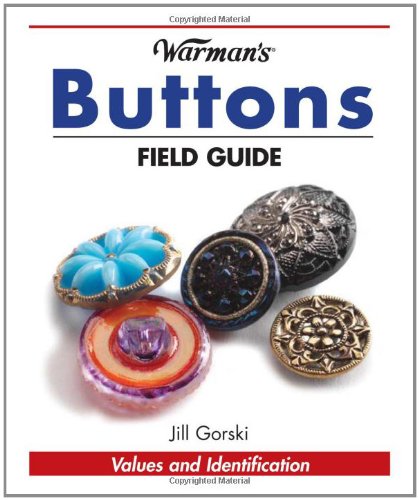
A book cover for Warman's Buttons Field Guide (Warman's Field Guide); Jill Gorski; Crafts, Hobbies & Home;